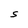
Character: S